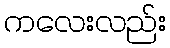
ကလေးလည်း